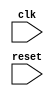
module behavioral_block (
    input clk,
    input reset,
    // Add your input and output ports here
    
    // Add your internal signals or variables here
    
    // Add your output ports here
);

// Add your logic here
always @(posedge clk or negedge reset) begin
    if (reset == 0) begin
        // reset logic
    end else begin
        // clock trigger logic
    end
end

// Add any other modules or logic needed for the design

endmodule